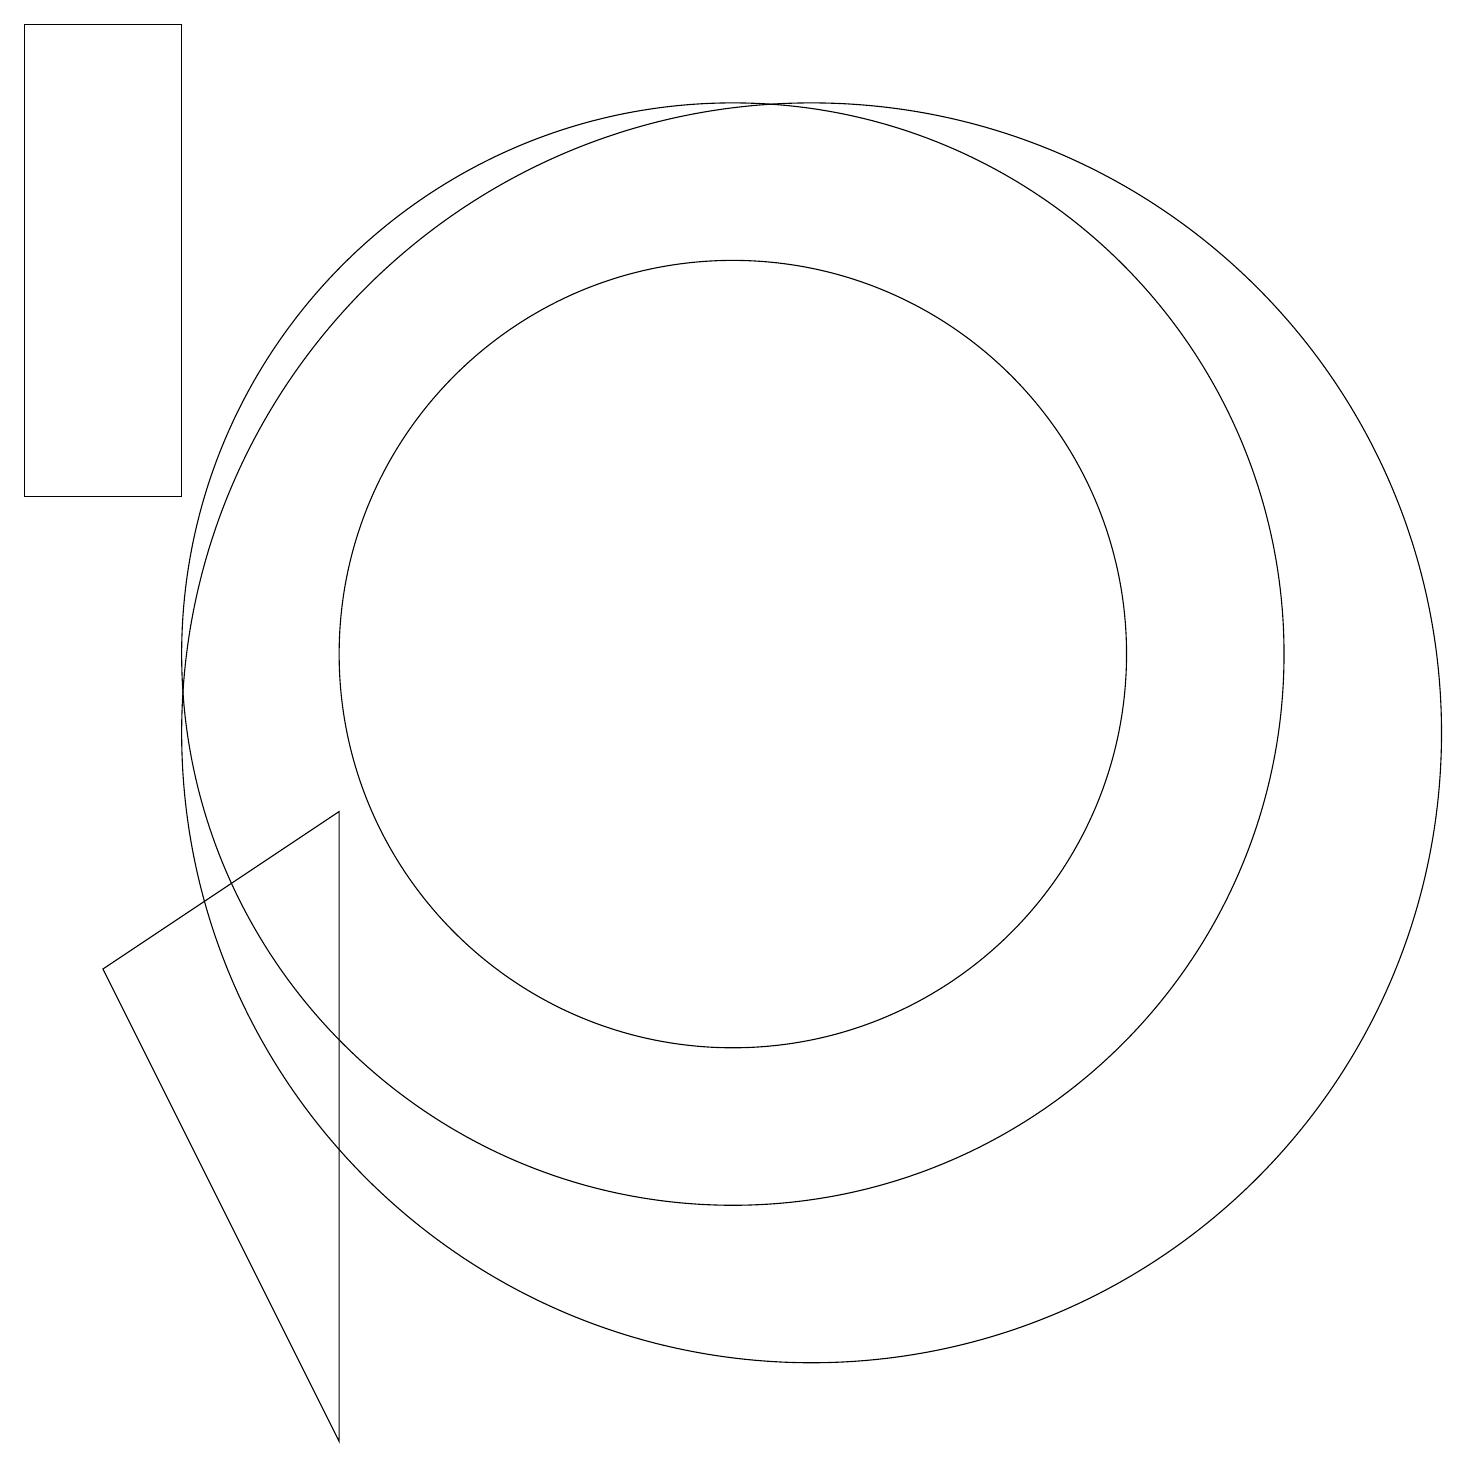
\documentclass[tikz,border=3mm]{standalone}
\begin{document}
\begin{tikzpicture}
\draw (1,19) rectangle (3,13);
\draw (11,10) circle (8);
\draw (2,7) -- (5,9) -- (5,1) -- cycle;
\draw (10,11) circle (5);
\draw (10,11) circle (7);
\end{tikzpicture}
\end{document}